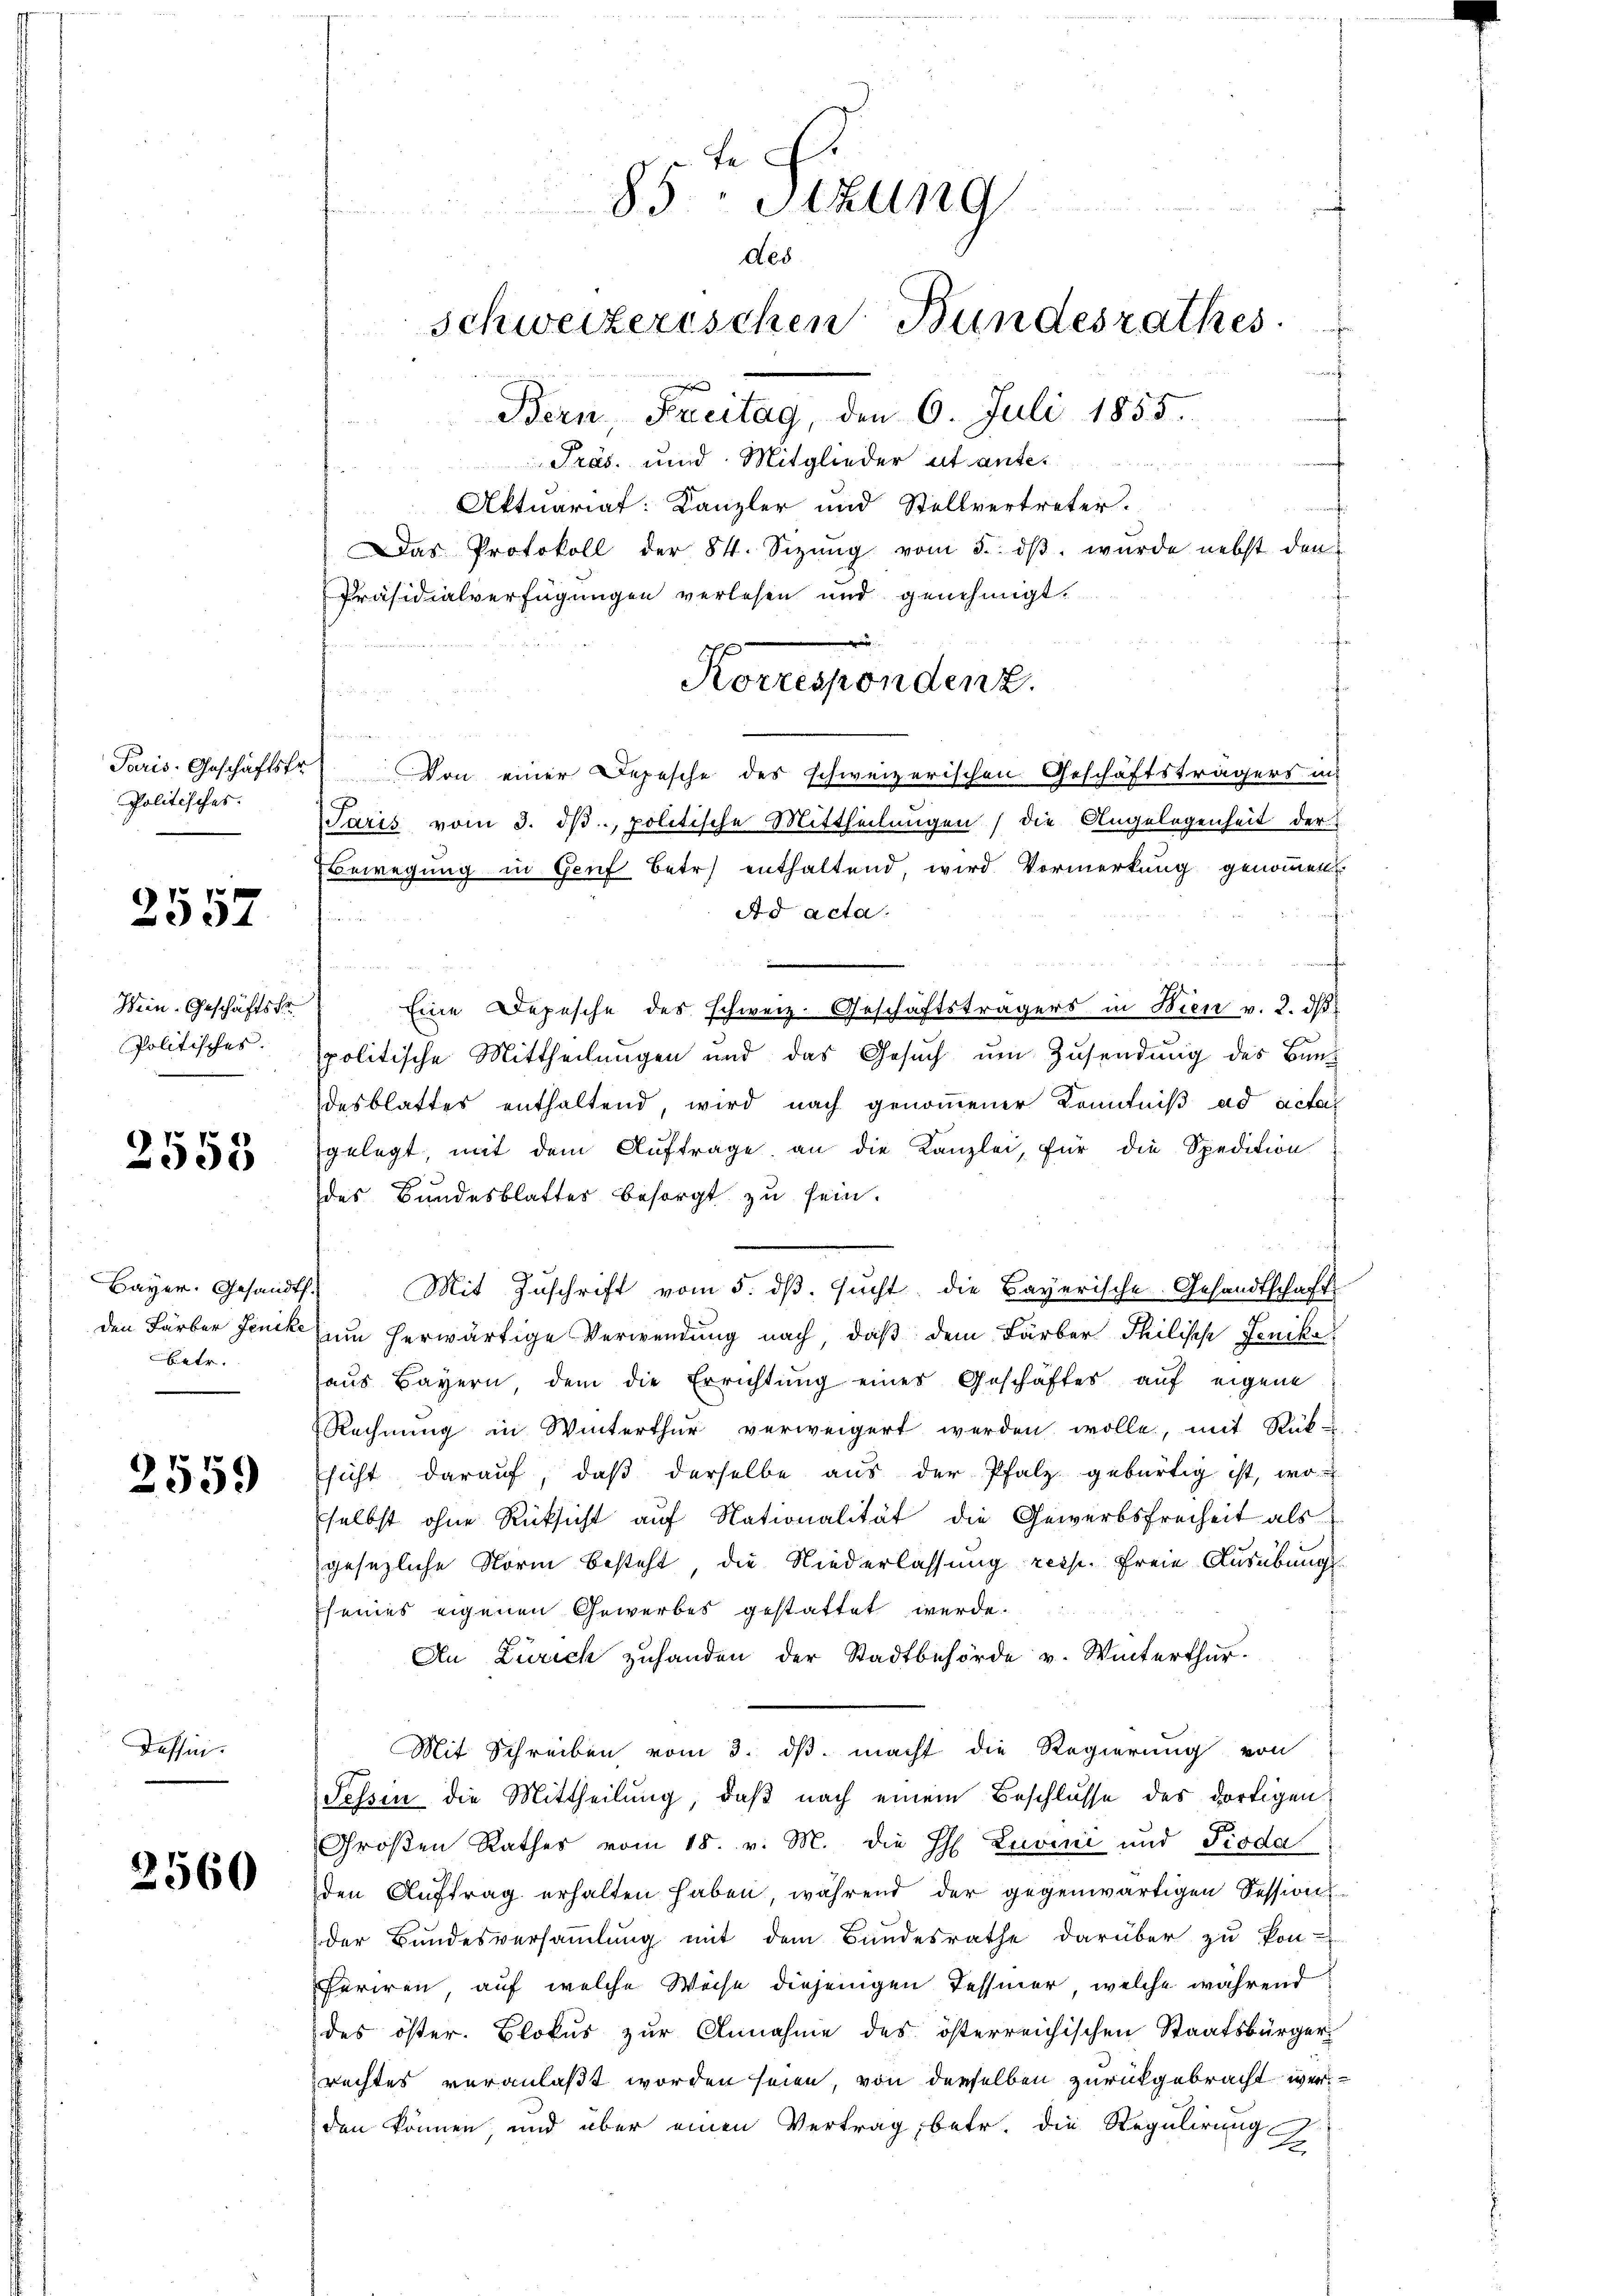
Politisches.

2557

Wein. Geschäftskr
Politisches.

2558

Bayer. Gesandts.
den Färber Jenike
Betr.

2559

Tessin.

2560

85 Sizung
des
Schweizerischen Bundesrathes.
effen
Bern, Freitag, den 6. Juli 1855.
Präs. und Mitglieder et ante¬
Aktuariat: Kanzler und Stellvertreter.
Das Protokoll der 84. Sizŭng vom 5. dβ. wurde nebst den
Präsidialverfügungen verlesen und genehmigt.
e

n

Paris. Geschäftsfr. Von einer Depesche des schweizerischen Geschäftsträgers in
Paris vom 3. dβ, politische Mittheilungen die Angelegenheit der
Bewegung in Genf betr. enthaltend, wird Vormerkung genommen
Ad acta.

t

Eine Depesche des Schweiz. Geschäftsträgers in Wien v. 2. dβ
politische Mittheilungen und das Gesuch um Zusendung des Bundesblattes enthaltend, wird nach genommener Kenntniß ad acta
gelegt, mit dem Auftrage an die Kanzlei, für die Spedition
des Bundesblatter besorgt zu sein.
Mit Zuschrift vom 5. dβ. sucht, die Bayerische Gesandtschaft
am herwärtige Verwendung nach, daß dem Färber Philisch Jenikaaus Bayern, dem die Errichtung eines Geschäftes auf eigene
Rechnŭng in Winterthur verweigert werden wolle, mit Rück-
sicht darauf, daβ derselbe aus der Pfalz gebürtig ist, wo
selbst ohne Rücksicht auf Nationalität die Gewerbsfreiheit als
gesezliche Norm besteht, die Niederlassung resp. Freie Ausübungs
seines eigenen Gewerbes gestattet werde.
An Zürich zuhanden der Stadtbehörde v. Winterthur.
Mit Schreiben vom 3. ds. macht die Regierung von
Tessin die Mittheilung, daß nach einem Beschlusse des dortigen
Großen Rathes vom 18. v. M. die H Luvini und Pioda
den Auftrag erhalten haben, während der gegenwärtigen Sessions
der Bundesversammlung mit dem Bundesrathe darüber zu kon-
feriren, auf welche Weise diejenigen Tessier, welche während
des öster. Blokus zur Annahme des österreichischen Staatsbürger-
rechtes veranlaßt worden seien, von derselben zurückgebracht werden können, und über einen Vertrag, betr. die Regulirung
2

Korresponden z.